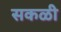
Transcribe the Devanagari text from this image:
सकळी